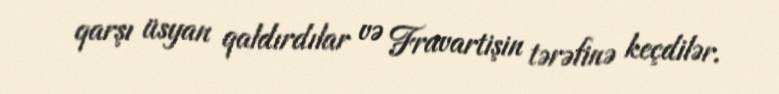
qarşı üsyan qaldırdılar və Fravartişin tərəfinə keçdilər.